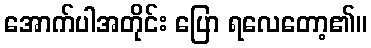
အောက်ပါအတိုင်း ပြော ရလေတော့၏။